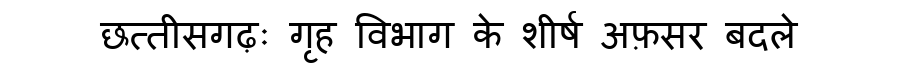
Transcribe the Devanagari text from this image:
छत्तीसगढ़ः गृह विभाग के शीर्ष अफ़सर बदले